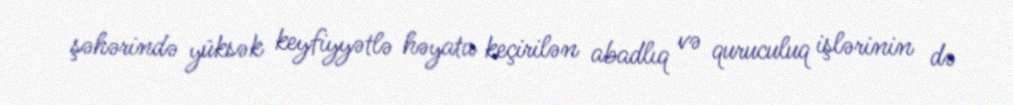
şəhərində yüksək keyfiyyətlə həyata keçirilən abadlıq və quruculuq işlərinin də